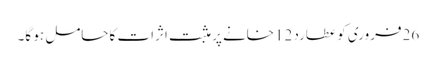
26فروری کو عطارد 12خانے پر مثبت اثرات کاحامل ہو گا۔